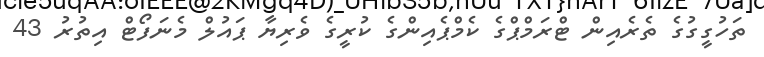
ތަހުގީގުގެ ތެރެއިން ޓްރަމްޕްގެ ކެމްޕެއިންގެ ކުރީގެ ވެރިޔާ ޕައުލް މެނަފޯޓް އިތުރު 43